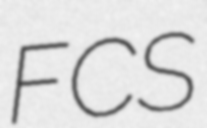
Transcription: FCS